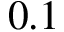
0 . 1